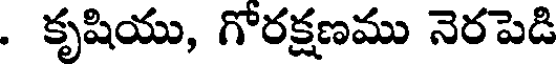
. కృషియు, గోరక్షణము నెరపెడి